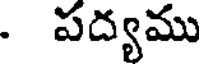
. పద్యము